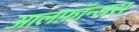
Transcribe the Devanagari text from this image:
आलफ़ॉन्सस